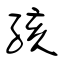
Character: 孩